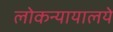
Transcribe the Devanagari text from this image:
लोकन्यायालये